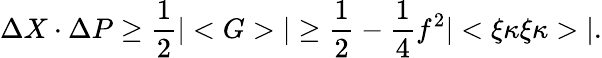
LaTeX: \Delta X\cdot\Delta P\ge\frac{1}{2}|<G>|\ge\frac{1}{2}-\frac{1}{4}f^{2}|<\xi\kappa\xi\kappa>|.